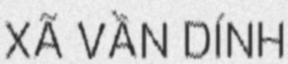
XÃ VẦN DÍNH